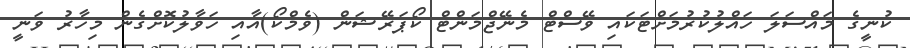
ކުނީގެ މައްސަލަ ހައްލުކުރުމަށްޓަކައި ވޭސްޓް މެނޭޖްމަންޓް ކޯޕަރޭޝަން (ވެމްކޯ)އާއި ހަވާލުކޮށްގެން މިހާރު ވަނީ